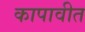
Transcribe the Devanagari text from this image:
कापावीत